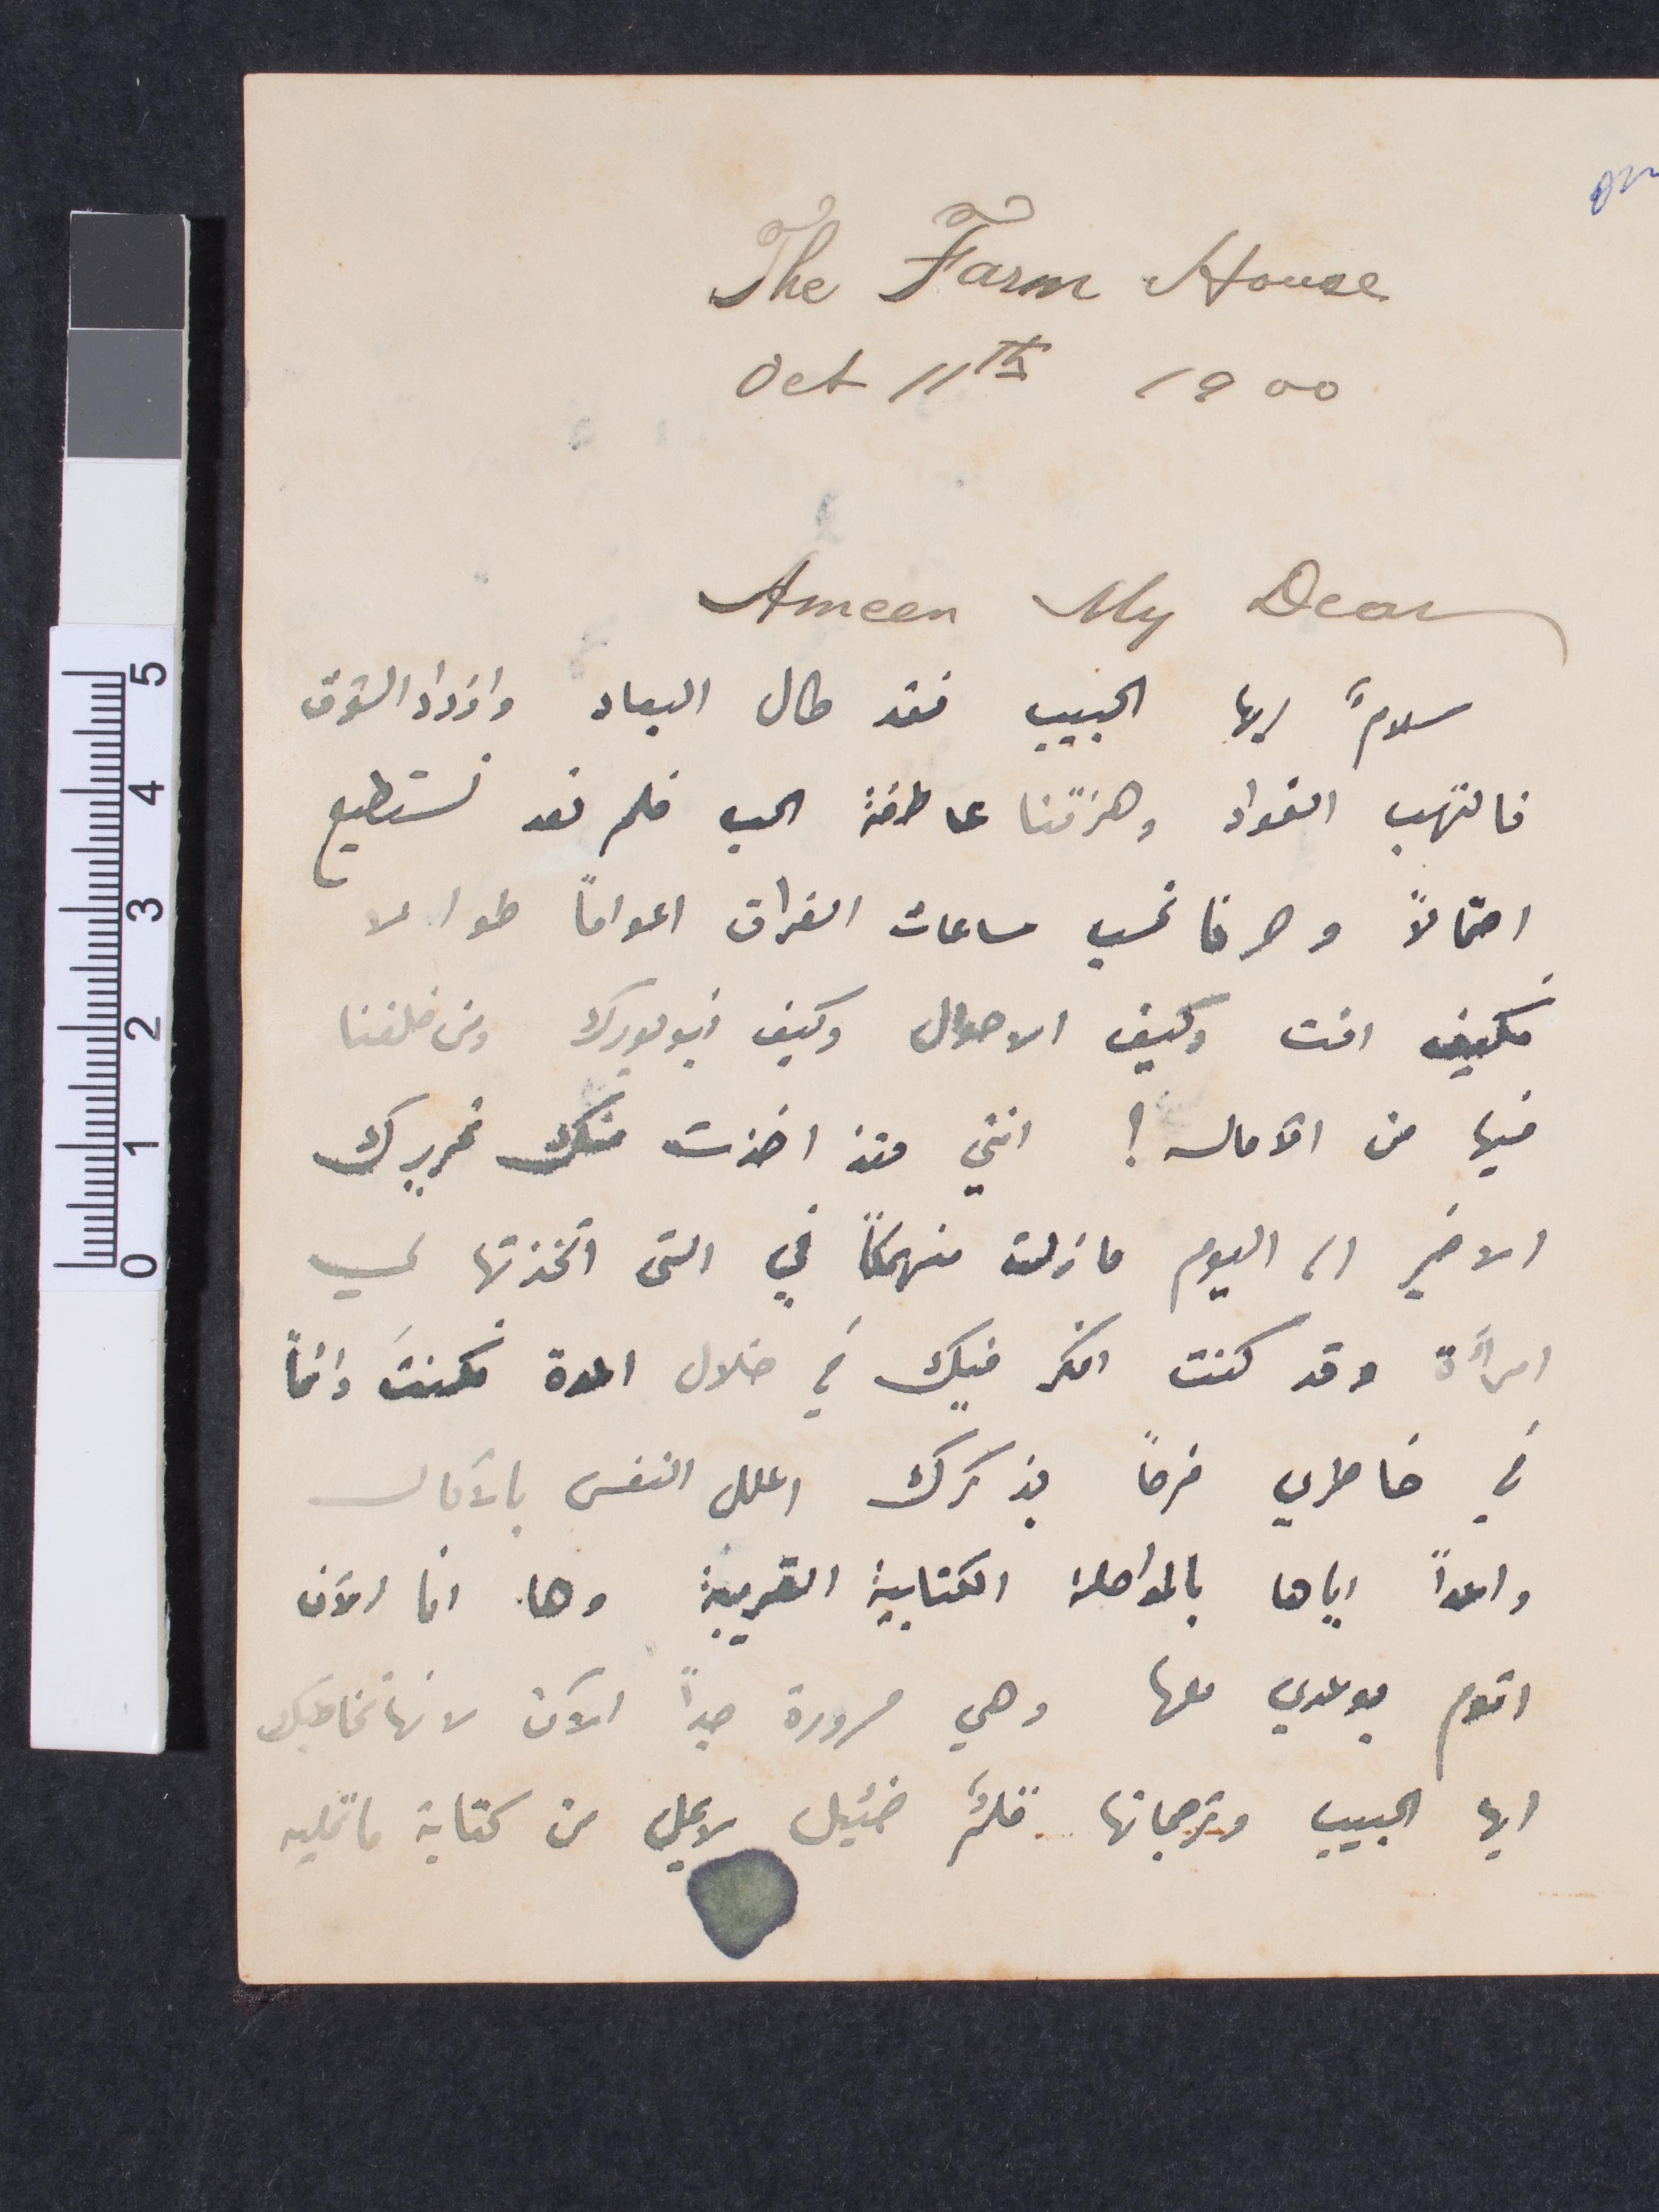
سلامًا أيها الحبيب فقد طال البعاد وازداد الشوق
التهب الفؤاد وهزتنا عاطفة الحب فلم نعد نستطيع
احتمالًا وصرنا نحسب ساعات الفراق اعوامًا طوالًا
فكيف انت وكيف الأحوال وكيف نيويورك ومن خلفنا
فيها من الآمال؟ انني وقد اخذت منك تحريرك
الأخير اما اليوم ما زلت منهكًا في التي اتخذتها لي
امرأة وقد كنت افكر فيك في خلال  المدة لكنت دائمًا
في خاطري فرحًا بذكرك اعلل النفس بالآمال
واعدًا إياها بالمواصلة الكتابية القريبة وها انا الآن
أقوم بوعدي لها وهي مسرورة جدًا الآن لانها تخاطبك
أيها الحبيب وترجمانها قلمٌ ضئيل لا يمل من كتابة ما تمليه
Ameen My Dear
Oct 11th 1900
The Farm House